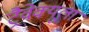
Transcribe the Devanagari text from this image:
ट्रैवेक्यूला